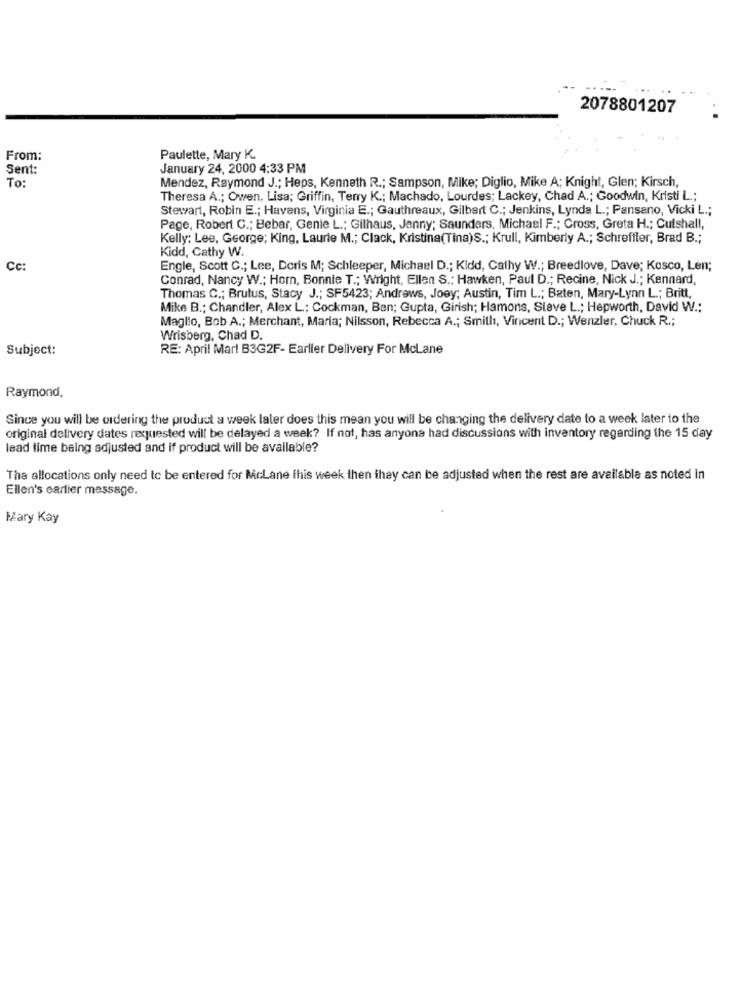
2078801207
From:
Paulette, Mary K.
Sent:
January 24, 2000 4:33 PM
Mendez, Raymond J .; Heps, Kenneth R .; Sampson, Mike; Diglio, Mike A; Knight, Glen; Kirsch,
To:
Theresa A .; Owen, Lisa; Griffin, Terry K .; Machado, Lourdes; Lackey, Chad A .; Goodwin, Kristi L .;
Stewart, Robin E .; Havens, Virginia E .; Gauthreaux, Gilbert C .; Jenkins, Lynda L .; Pansano, Vicki L .;
Page, Robert C .; Bebar, Gente L .; Gilhaus, Jenny; Saunders, Michael F .; Cross, Greta H .; Cutshall,
Kelly: Lee, George; King, Laurie M .; Clack, Kristina(Tina)S .; Krull, Kimberly A .; Schreffler, Brad B .;
Kidd, Cathy W.
Cc:
Engle, Scott C .; Lee, Doris M; Schleeper, Michael D .; Kidd, Cathy W .; Breedlove, Dave; Kosco, Len;
Conrad, Nancy W .; Horn, Bonnie T .; Wright, Ellen S .; Hawken, Paul D .; Recine, Nick J .; Kennard,
Thomas C .; Brutus, Stacy J .; SF5423; Andrews, Joey; Austin, Tim L .; Baten, Mary-Lynn L .; Britt,
Mike B .; Chandler, Alex L; Cockman, Ben; Gupta, Girish; Hamons, Sieve L .; Hepworth, David W .:
Maglio, Bob A .; Merchant, Maria; Nilsson, Rebecca A .; Smith, Vincent D .; Wenzler, Chuck R .;
Wrisberg, Chad D.
Subject:
RE: April Mar! B3G2F- Earlier Delivery For McLane
Raymond,
Since you will be ordering the product a week later does this mean you will be changing the delivery date to a week later to the
original delivery dates requested will be delayed a week? If not, has anyone had discussions with inventory regarding the 15 day
lead time being adjusted and if product will be available?
The allocations only need to be entered for McLane this week then they can be adjusted when the rest are available as noted in
Ellen's earlier message.
Mary Kay